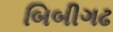
બિબીગઢ